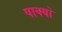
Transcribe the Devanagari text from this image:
षाक्यो